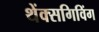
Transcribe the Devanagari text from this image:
थेंक्सगिविंग